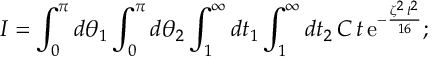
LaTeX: I = \int _ { 0 } ^ { \pi } d \theta _ { 1 } \int _ { 0 } ^ { \pi } d \theta _ { 2 } \int _ { 1 } ^ { \infty } d t _ { 1 } \int _ { 1 } ^ { \infty } d t _ { 2 } \, C \, t \, \mathrm { e } ^ { - \frac { \zeta ^ { 2 } \, t ^ { 2 } } { 1 6 } } ;